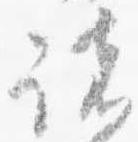
諸